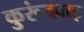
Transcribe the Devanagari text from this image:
कुरूंदवाड़